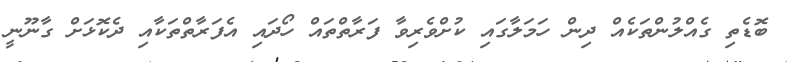
ބޮޑެތި ގެއްލުންތަކެއް ދިން ހަމަލާގައި ކުށްވެރިވާ ފަރާތްތައް ހޯދައި އެފަރާތްތަކާއި ދެކޮޅަށް ގާނޫނީ